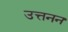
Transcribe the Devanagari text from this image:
उत्तनन